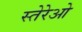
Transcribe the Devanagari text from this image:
स्तेरेओ